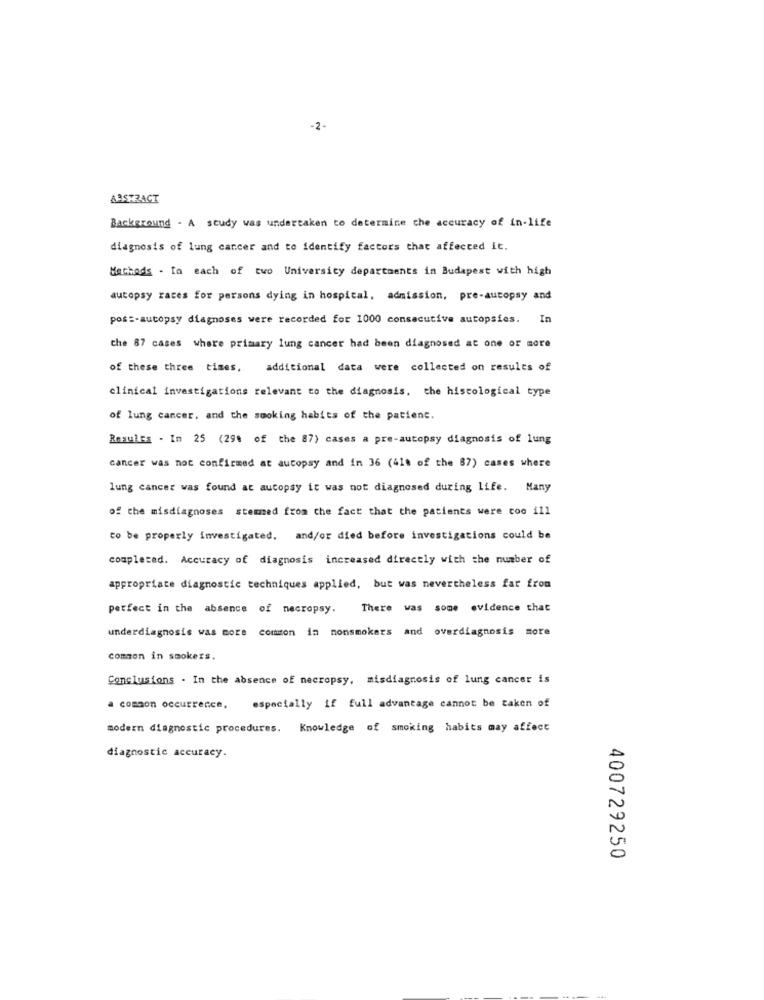
-2-
ABSTRACT
Background - A study was undertaken to determine the accuracy of in-life
diagnosis of lung cancer and to identify factors that affected it.
Macheds . In each of two University departments in Budapest with high
autopsy races for persons dying in hospital, admission, pre-autopsy and
pos :- autopsy diagnoses were recorded for 1000 consecutive autopsies. I
che 87 cases where primary lung cancer had been diagnosed at one or more
of these three times,
additional data were collected on results of
clinical investigations relevant to the diagnosis, the histological type
of lung cancer, and the smoking habits of the patient.
ResulEs - In 25 (29% of the 87) cases a pre-autopsy diagnosis of lung
cancer was not confirmed at autopsy and in 36 (41% of the 87) cases where
lung cancer was found at autopsy it was not diagnosed during life. Many
of the misdiagnoses stemed from the fact that the patients were too ill
to be properly investigated. and/or died before investigations could be
completed. Accuracy of diagnosis increased directly with the number of
appropriate diagnostic techniques applied, but was nevertheless far from
perfect in the absence of necropsy.
There was some evidence that
underdiagnosis was more common in nonsmokers and overdiagnosis more
common in smokers.
Conclusions . In the absence of necropsy, misdiagnosis of lung cancer is
a common occurrence,
especially if full advantage cannot be taken of
modern diagnostic procedures.
Knowledge of smoking habits may affect
diagnostic accuracy.
400729250